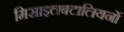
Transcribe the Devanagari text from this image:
मिसाइलबटालियनों